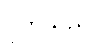
ပိုက်သည်